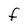
Character: F